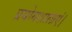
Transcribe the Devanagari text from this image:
प्रयोगशालाएं।